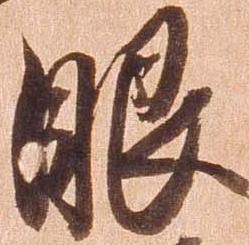
眼